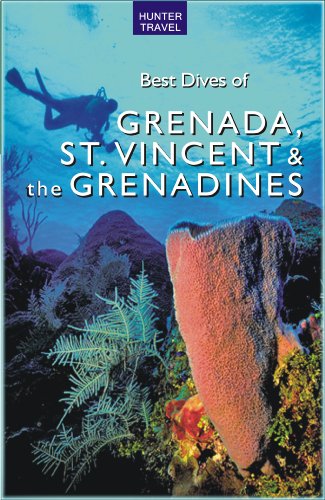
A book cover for Best Dives of Grenada, St. Vincent & the Grenadines; Joyce Huber; Travel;